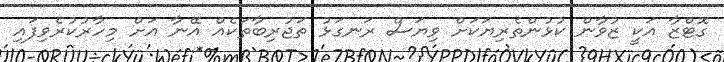
ގޮޓްޒާ އަކީ ޒުވާން ކުޅުންތެރިޔަކަށް ވިޔަސް ރަނގަޅު ތަޖުރިބާތަކެއް އޭނާ އަށް މިހާރުކުރެވިފައި